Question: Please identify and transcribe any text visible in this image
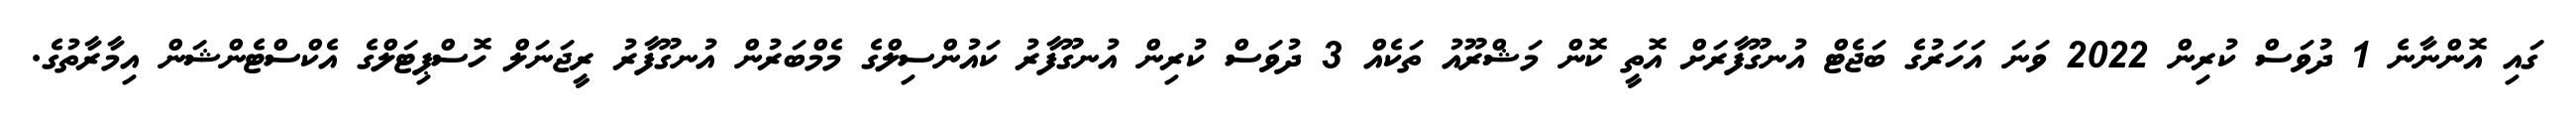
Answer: ގައި އޮންނާނެ 1 ދުވަސް ކުރިން 2022 ވަނަ އަހަރުގެ ބަޖެޓް އުނގޫފާރަށް އޮތީ ކޮން މަޝްރޫއު ތަކެއް 3 ދުވަސް ކުރިން އުނގޫފާރު ކައުންސިލްގެ މެމްބަރުން އުނގޫފާރު ރީޖަނަލް ހޮސްޕިޓަލްގެ އެކްސްޓެންޝަން އިމާރާތުގެ.